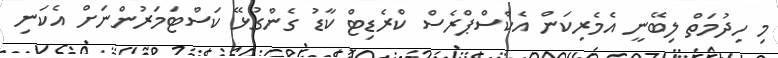
މި ހިދުމަތް ލިބޭނީ އެމެރިކަން އެކްސްޕްރެސް ކްރެޑިޓް ކާޑު ގެންގުޅޭ ކަސްޓަމަރުންނަށް އެކަނި